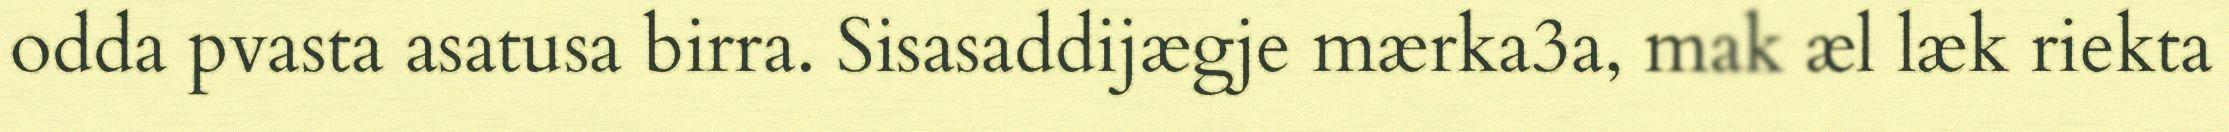
odda pvasta asatusa birra. Sisasaddijægje mærka3a, mak æl læk riekta